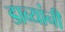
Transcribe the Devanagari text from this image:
डाव्यांनी